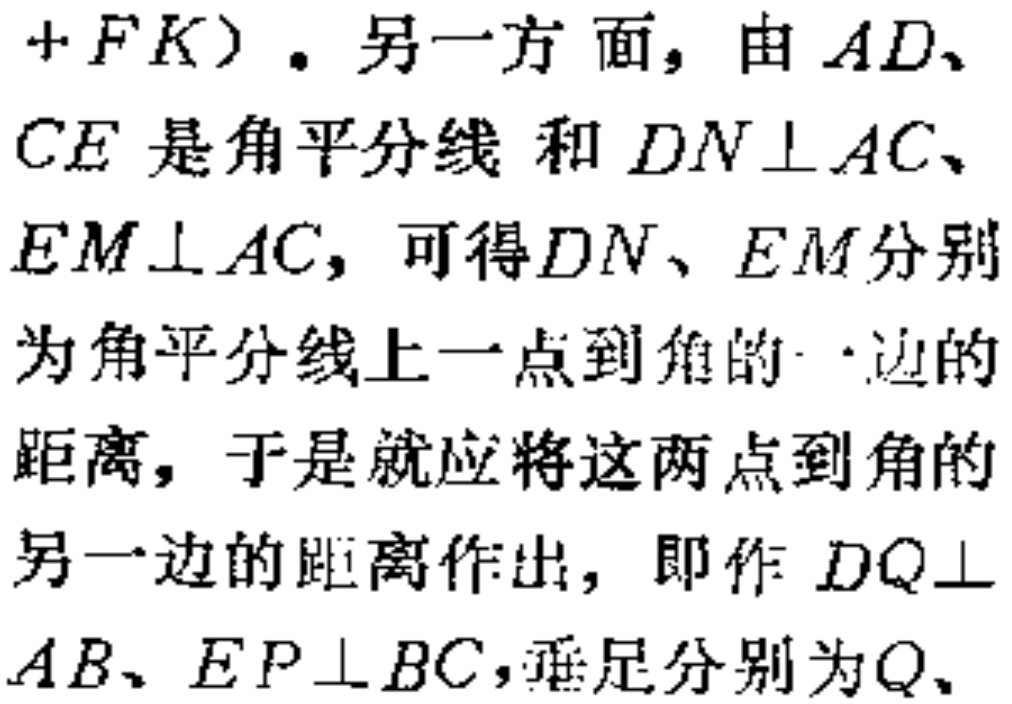
$+FK)$。另一方面，由$AD$、
$CE$是角平分线和$DN\perp AC$、
$EM\perp AC$，可得$DN$、$EM$分别
为角平分线上一点到角的一边的
距离，于是就应将这两点到角的
另一边的距离作出，即作$DQ\perp$
$AB$、$EP\perp BC$，垂足分别为$Q$、